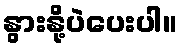
နွားနို့ပဲပေးပါ။